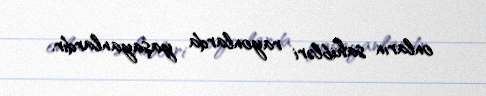
onların sahibləri rayonlarda yaşayanlardır.